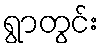
ရွာတွင်း